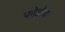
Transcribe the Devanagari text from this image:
फोटोचा